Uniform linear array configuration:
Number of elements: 16
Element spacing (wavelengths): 0.5
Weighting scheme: kaiser
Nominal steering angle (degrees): -30
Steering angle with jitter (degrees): -28.973
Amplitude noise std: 0.05
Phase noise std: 0.05

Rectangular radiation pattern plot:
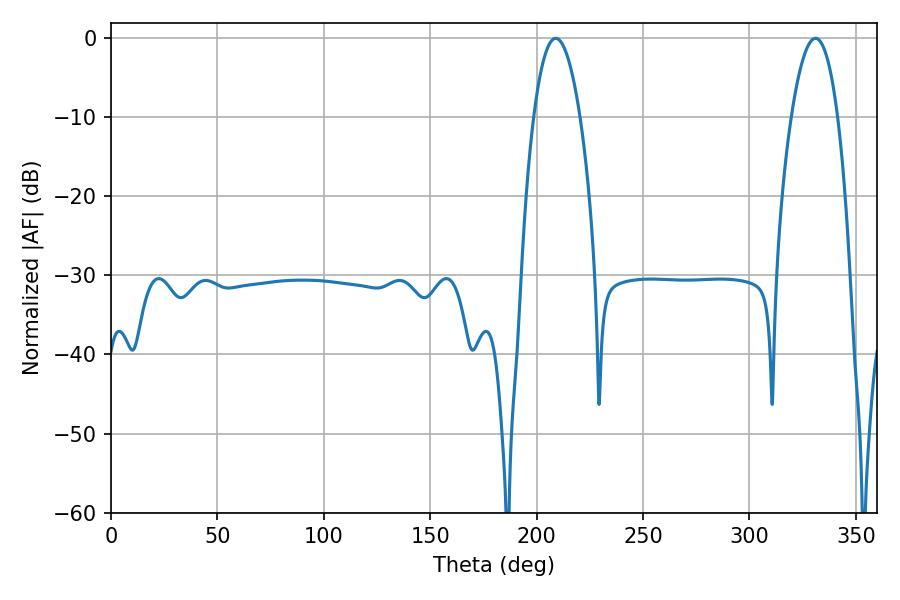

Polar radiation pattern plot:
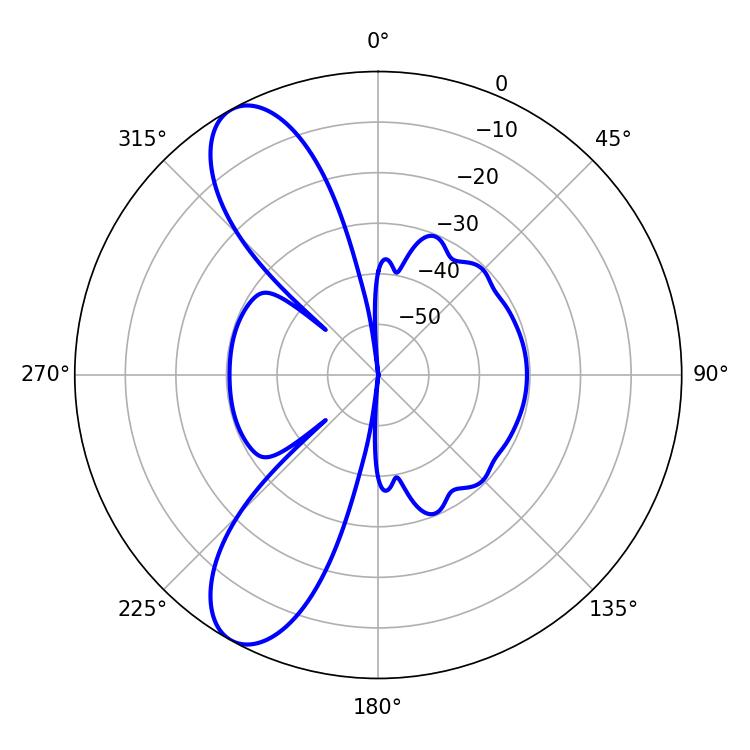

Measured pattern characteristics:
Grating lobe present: FALSE
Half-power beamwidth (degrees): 12.06
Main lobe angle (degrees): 208.98